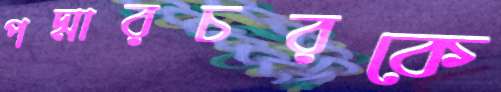
পদ্মারচরকে